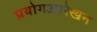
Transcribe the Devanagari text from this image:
प्रयोगआरेखन